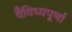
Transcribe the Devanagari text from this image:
वैविध्यपूर्णा